Medical and sanitary report of the native army of Bengal for the year
Year: 1875
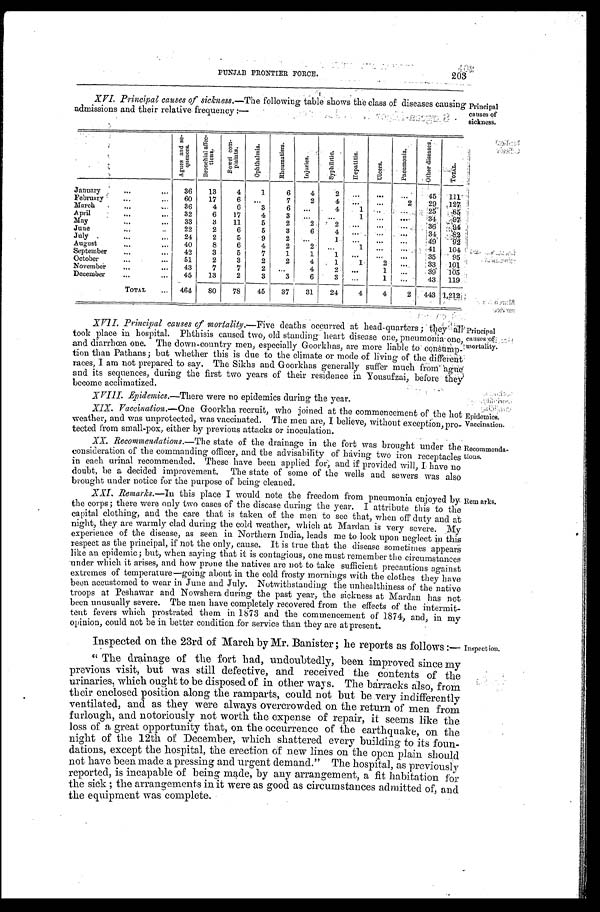
Epidemics.
Vaccination. .
PUNJAB FRONTIER FORCE.
203
XVI. Principal causes of sickness. —The following table shows the class of diseases causing
admissions and their relative frequency:—
Principal
causes of
sickness.
A g u e s a n d s e - q u e n c e s .
B r o n c h i a l a f f e c - t i o n s .
B o w e l c o m - p l a i n t s .
Op h t h a l mi a .
R h e u ma t i s m.
I n j u r i e s .
Syphilitic. Hepat i t i s . Ulcers.
P n e u mo n i a .
O t h e r d i s e a s e s .
TOTAL.
January
36
13
4
1
6
4
2 ...
. . .
. . .
45
1 1 1
February
60
17
6
. . .
7
2
4 ...
. . .
2
29 127
March
36
4
6
3
6 ...
4
1
. . .
. . .
2 5
8 5
April
32
6
17
4
3
. . . . . .
1
. . .
. . .
3 4
9 7
May
33
3
11
5
2
2
2
. . .
. . .
. . .
3 6
9 4
June
22
2
6
5
3
6
4
. .
. . .
. . . 34
8 2
July
24
2
5
9
2
. . .
1
. . . ...
. . .
4 9
9 2
August
40
8
6
4
2
2
. . .
1
. . .
. . .
41 104
September
42
3
5
7
1
1
1
. . . ...
..
35
95
October
51
2
3
2
2
4
1
1
2
. . .
33 101
November
43
7
7
2 ...
4
2 ...
1
. . .
3 9
1 0 5
December
45
13
2
3
3
6
3
. . .
1
. . .
43 119
TOTAL
464
80
78
45
37
31
24
4
4
2 . 443 1,212
XVII. Principal causes of mortality.—Five deaths occurred at head-quarters; they all
took place in hospital. Phthisis caused two, old standing heart disease one, pneumonia one,
and diarrhœa one. The down-country men, especially Goorkhas, are more liable to con
s u m p - t i o n t h a n P a t h a n s ; b u t w h e t h e r t h i s i s d u e t o t h e c l i m a t e o r m o d e o f l i v i n g o f t h e d i f f e r e n t
races, I am not prepared to say. The Sikhs and Goorkhas generally suffer much from ague
and its sequences, during the first two years of their residence in Yousufzai, before they
become acclimatized.
XVIII. Epidemics.—There were no epidemics during the year.
XIX. Vaccination.—One Goorkha recruit, who joined at the commencement of the hot
weather, and was unprotected, was vaccinated. The men are, I believe, without exception, pro
-tected from small-pox, either by previous attacks or inoculation.
Principal
causes of
mortality.
XX. Recommendations.—The state of the drainage in the fort was brought under the
consideration of the commanding officer, and the advisability of having two iron receptacles
in each urinal recommended. These have been applied for, and if provided will, I have no
doubt, be a decided improvement. The state of some of the wells and sewers was also
brought under notice for the purpose of being cleaned.
XXI. Remarks.—In this place I would note the freedom from pneumonia enjoyed by
the corps; there were only two cases of the disease during the year. I attribute this to the
capital clothing, and the care that is taken of the men to see that, when off duty and at
night, they are warmly clad during the cold weather, which at Mardan is very severe. My
experience of the disease, as seen in Northern India, leads me to look upon neglect in this
respect as the principal, if not the only, cause. It is true that the disease sometimes appears
like an epidemic; but, when saying that it is contagious, one must remember the circumstances
under which it arises, and how prone the natives are not to take sufficient precautions against
extremes of temperature—going about in the cold frosty mornings with the clothes they have
been accustomed to wear in June and July. Notwithstanding the unhealthiness of the native
troops at Peshawar and Nowshera during the past year, the sickness at Mardan has not
been unusually severe. The men have completely recovered from the effects of the intermit-
tent fevers which prostrated them in 1873 and the commencement of 1874, and, in my
opinion, could not be in better condition for service than they are at present.
Recommenda-
tions.
Remarks.
Inspected on the 23rd of March by Mr. Banister; he reports as follows:—
"The drainage of the fort had, undoubtedly, been improved since my
previous visit, but was still defective, and received the contents of the
urinaries, which ought to be disposed of in other ways. The barracks also, from
their enclosed position along the ramparts, could not but be very indifferently
ventilated, and as they were always overcrowded on the return of men from
furlough, and notoriously not worth the expense of repair, it seems like the
loss of a great opportunity that, on the occurrence of the earthquake, on the
night of the 12th of December, which shattered every building to its foun-
dations, except the hospital, the erection of new lines on the open plain should
not have been made a pressing and urgent demand." The hospital, as previously
reported, is incapable of being made, by any arrangement, a fit habitation for
the sick; the arrangements in it were as good as circumstances admitted of, and
the equipment was complete.
Inspection.